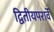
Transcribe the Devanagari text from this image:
द्वितीयपरार्वे